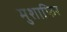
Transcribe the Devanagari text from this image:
मुशाफिर